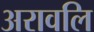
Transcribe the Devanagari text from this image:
अरावलि